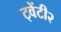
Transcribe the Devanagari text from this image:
ट्वेंटी२